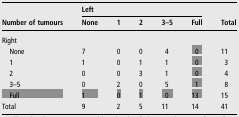
| <ROWSPAN=2> Number of tumours | <COLSPAN=5> Left | <ROWSPAN=2> Total |
 | None | 1 | 2 | 3–5 | Full |
 | --- | --- | --- | --- | --- | --- | --- |
 | <COLSPAN=7> Right |
 | None | 7 | 0 | 0 | 4 | 0 | 11 |
 | 1 | 1 | 0 | 1 | 1 | 0 | 3 |
 | 2 | 0 | 0 | 3 | 1 | 0 | 4 |
 | 3–5 | 0 | 2 | 0 | 5 | 1 | 8 |
 | Full | 1 | 0 | 1 | 0 | 13 | 15 |
 | Total | 9 | 2 | 5 | 11 | 14 | 41 |